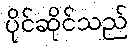
ပိုင်ဆိုင်သည်